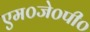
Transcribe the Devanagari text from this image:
एम०जे०पी०